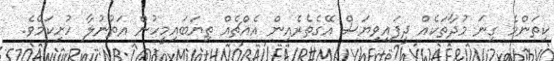
ކިތަންމެ ގިނަ މުދާތަކެއް ދީފައިވިޔަސް އޭގެތެރެއިން އެއްޗެއް ތިޔަބައިމީހުން އަތުނުލާ ހުށިކަމެވެ.